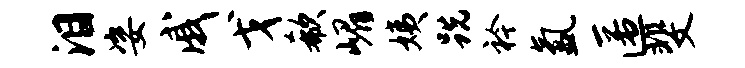
泪姿戚戈欷嵋姨跣衿氲匿斐